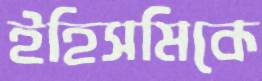
ইহিসমিকে